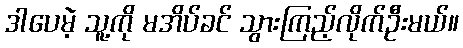
ဒါပေမဲ့ သူ့ကို မအိပ်ခင် သွားကြည့်လိုက်ဦးမယ်။